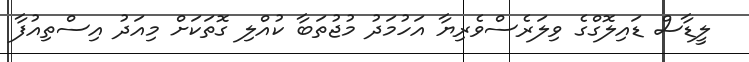
ލީޑާސް ޑައިލޮގްގެ ވިލަރެސްވެރިޔާ އަހުމަދު މުޖުތަބާ ކުއްލި ގޮތަކަށް މިއަދު އިސްތިއުފާ